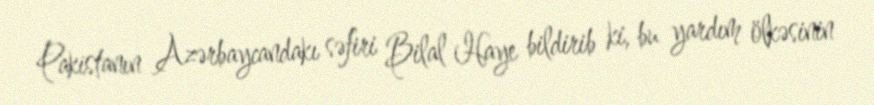
Pakistanın Azərbaycandakı səfiri Bilal Haye bildirib ki, bu yardım ölkəsinin